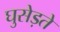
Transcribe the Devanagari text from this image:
घुसेड़ते